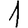
Digit: 1